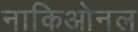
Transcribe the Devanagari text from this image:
नाकिओनल